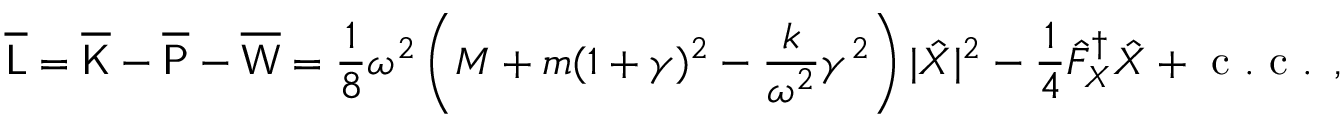
\overline { { \mathsf { L } } } = \overline { { \mathsf { K } } } - \overline { { \mathsf { P } } } - \overline { { \mathsf { W } } } = \frac { 1 } { 8 } \omega ^ { 2 } \left( M + m ( 1 + \gamma ) ^ { 2 } - \frac { k } { \omega ^ { 2 } } \gamma ^ { 2 } \right) | \hat { X } | ^ { 2 } - \frac { 1 } { 4 } \hat { F } _ { X } ^ { \dagger } \hat { X } + \mathrm { ~ c ~ . ~ c ~ . ~ } \, ,